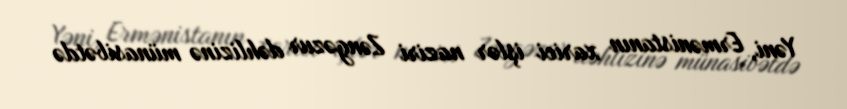
Yəni, Ermənistanın xarici işlər naziri Zəngəzur dəhlizinə münasibətdə